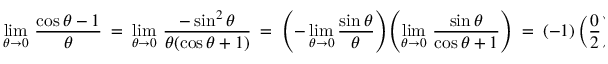
\operatorname* { l i m } _ { \theta \to 0 } \, { \frac { \cos \theta - 1 } { \theta } } \ = \ \operatorname* { l i m } _ { \theta \to 0 } \, { \frac { - \sin ^ { 2 } \theta } { \theta ( \cos \theta + 1 ) } } \ = \ \left( - \operatorname* { l i m } _ { \theta \to 0 } { \frac { \sin \theta } { \theta } } \right) \! \left( \operatorname* { l i m } _ { \theta \to 0 } \, { \frac { \sin \theta } { \cos \theta + 1 } } \right) \ = \ ( - 1 ) \left( { \frac { 0 } { 2 } } \right) = 0 \, .